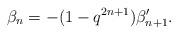
LaTeX: \begin{align*}\beta_n = -(1-q^{2n+1})\beta_{n+1}'.\end{align*}